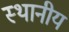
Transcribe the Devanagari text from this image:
स्थानीय